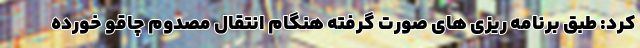
کرد: طبق برنامه ریزی های صورت گرفته هنگام انتقال مصدوم چاقو خورده